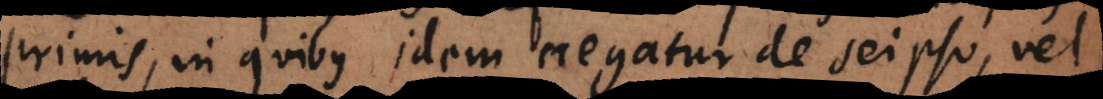
primis, in quibus idem negatur de seipso, vel